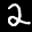
Label: 2